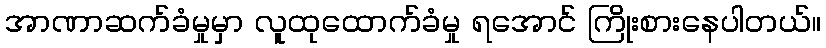
အာဏာဆက်ခံမှုမှာ လူထုထောက်ခံမှု ရအောင် ကြိုးစားနေပါတယ်။